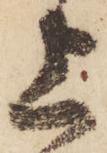
上